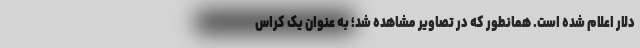
دلار اعلام شده است. همانطور که در تصاویر مشاهده شد؛ به عنوان یک کراس